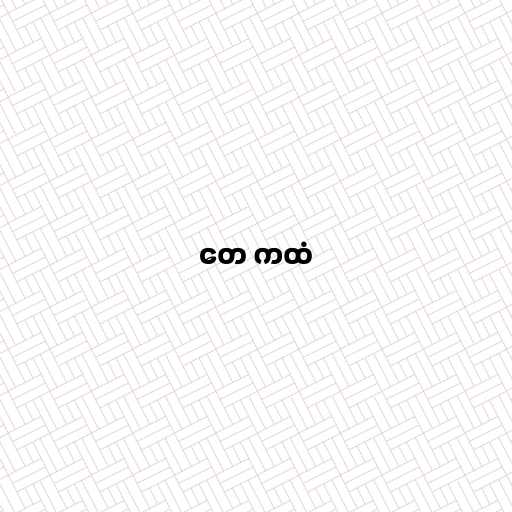
တေ ကထံ